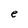
Character: e